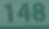
148